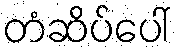
တံဆိပ်ပေါ်